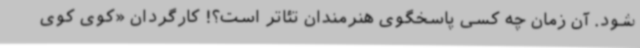
شود. آن زمان چه کسی پاسخگوی هنرمندان تئاتر است؟! کارگردان «کوی کوی